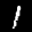
Label: 1